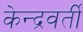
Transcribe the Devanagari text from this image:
केन्द्रवर्ती